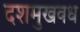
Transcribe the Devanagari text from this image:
दशमुखवध